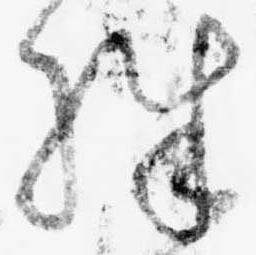
殊